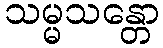
သမ္မသန္တော